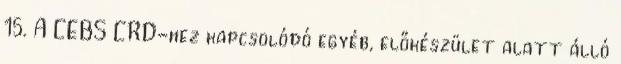
15. A CEBS CRD-hez kapcsolódó egyéb, előkészület alatt álló